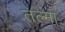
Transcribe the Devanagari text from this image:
तल्मा